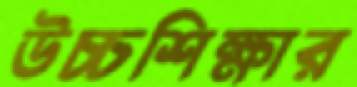
উচ্চশিক্ষার